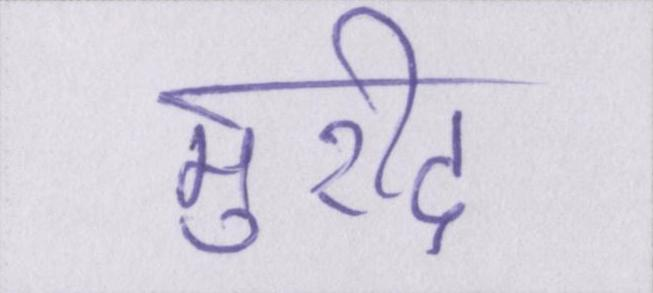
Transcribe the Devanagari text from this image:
मुरीद